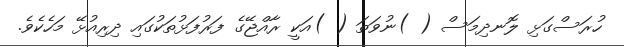
ހުރަސްގަޅި ލޮނދިމަސް ( )ނުވަތަ ( )އަކީ ރާއްޖޭގެ ފަރުފަޅުތަކުގައި ދިރިއުޅޭ މަހެކެވެ.